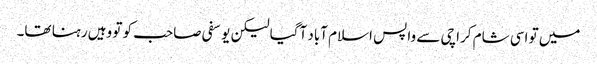
میں تو اسی شام کراچی سے واپس اسلام آباد آگیا لیکن یوسفی صاحب کو تو وہیں رہنا تھا۔